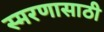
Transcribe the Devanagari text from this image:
स्मरणासाठी